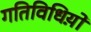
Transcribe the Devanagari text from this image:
गतिविधिय़ो